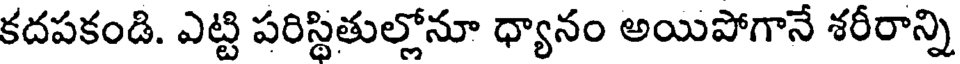
కదపకండి. ఎట్టి పరిస్థితుల్లోనూ ధ్యానం అయిపోగానే శరీరాన్ని